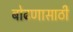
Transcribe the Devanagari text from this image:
बोढणासाठी